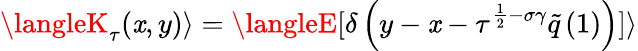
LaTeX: \langleK_{\tau}(\mathit{x},y)\rangle=\langleE[\delta\left(y-\mathit{x}-\tau^{\frac{{1}}{{2}}-\sigma\gamma}\tilde{{q}}\left(1\right)\right)]\rangle